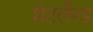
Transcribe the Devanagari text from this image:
शेटलैन्ड